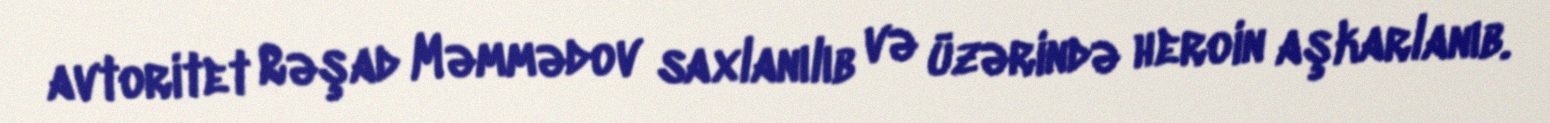
avtoritet Rəşad Məmmədov saxlanılıb və üzərində heroin aşkarlanıb.